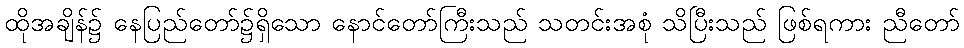
ထိုအချိန်၌ နေပြည်တော်၌ရှိသော နောင်တော်ကြီးသည် သတင်းအစုံ သိပြီးသည် ဖြစ်ရကား ညီတော်